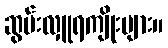
ဆွမ်းလှူရကျိုးများ။